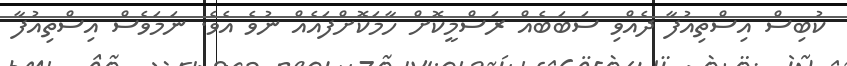
ކުބިސް އިސްތިއުފާ ދެއްވި ސަބަބެއް ރަސްމީކޮށް ހާމަކޮށްފައެއް ނުވެ އެވެ. ނަމަވެސް އިސްތިއުފާ